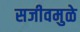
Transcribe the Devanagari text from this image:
सजीवमुळे